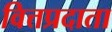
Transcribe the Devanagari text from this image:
वित्तप्रदाता